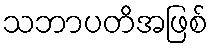
သဘာပတိအဖြစ်